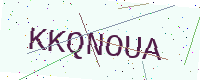
Text: KKQNOUA